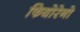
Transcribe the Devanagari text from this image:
फियोरेनो